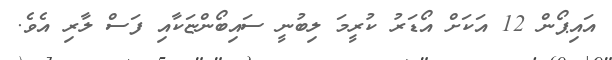
އައިޕޯން 12 އަކަށް އޯޑަރު ކުރީމަ ލިބުނީ ސައިބޯންޏަކާއި ފަސް ލާރި އެވެ.